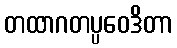
တထာဂတပ္ပဝေဒိတာ